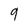
Character: 9